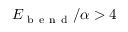
E _ { \mathrm { ~ b ~ e ~ n ~ d ~ } } / \alpha > 4